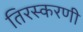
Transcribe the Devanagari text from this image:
तिरस्करणी